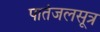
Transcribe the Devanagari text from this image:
पातंजलसूत्र